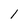
Character: 1